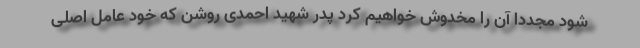
شود مجددا آن را مخدوش خواهیم کرد پدر شهید احمدی روشن که خود عامل اصلی